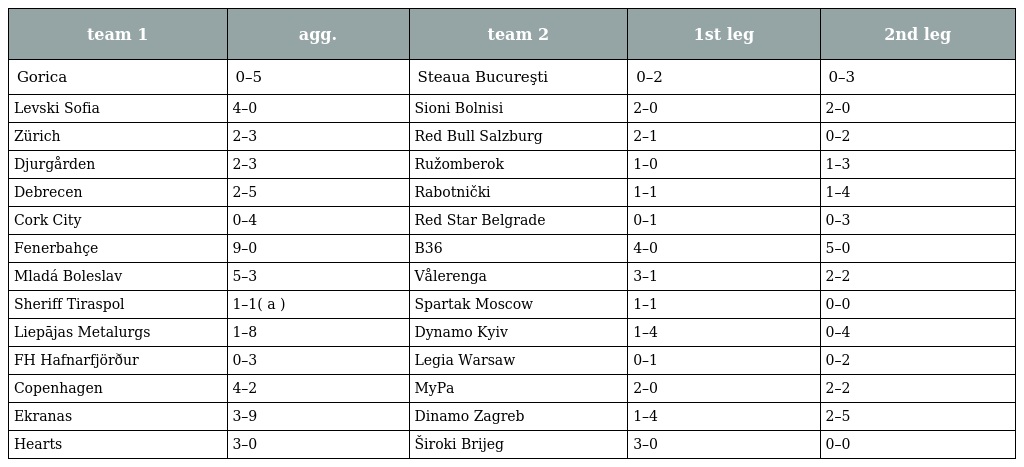
| team 1 | agg. | team 2 | 1st leg | 2nd leg |
 | --- | --- | --- | --- | --- |
 | Gorica | 0–5 | Steaua Bucureşti | 0–2 | 0–3 |
 | Levski Sofia | 4–0 | Sioni Bolnisi | 2–0 | 2–0 |
 | Zürich | 2–3 | Red Bull Salzburg | 2–1 | 0–2 |
 | Djurgården | 2–3 | Ružomberok | 1–0 | 1–3 |
 | Debrecen | 2–5 | Rabotnički | 1–1 | 1–4 |
 | Cork City | 0–4 | Red Star Belgrade | 0–1 | 0–3 |
 | Fenerbahçe | 9–0 | B36 | 4–0 | 5–0 |
 | Mladá Boleslav | 5–3 | Vålerenga | 3–1 | 2–2 |
 | Sheriff Tiraspol | 1–1( a ) | Spartak Moscow | 1–1 | 0–0 |
 | Liepājas Metalurgs | 1–8 | Dynamo Kyiv | 1–4 | 0–4 |
 | FH Hafnarfjörður | 0–3 | Legia Warsaw | 0–1 | 0–2 |
 | Copenhagen | 4–2 | MyPa | 2–0 | 2–2 |
 | Ekranas | 3–9 | Dinamo Zagreb | 1–4 | 2–5 |
 | Hearts | 3–0 | Široki Brijeg | 3–0 | 0–0 |